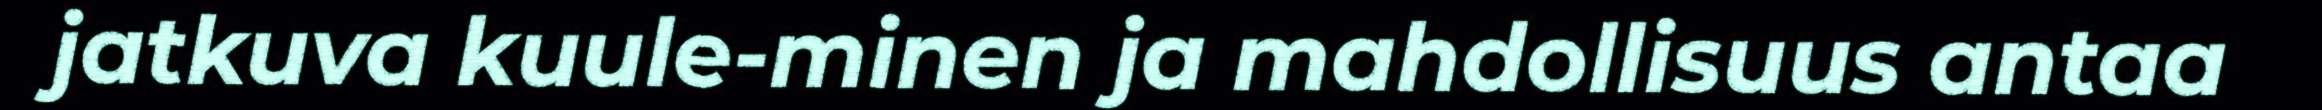
jatkuva kuule-minen ja mahdollisuus antaa